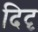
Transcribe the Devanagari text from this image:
दिदृ